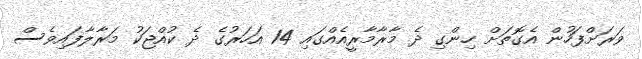
ވަރަށްފަހުން އެގޮތަށް ހިންގި ދެ މާރާމާރީއެއްގައި 14 އަހަރުގެ ދެ ކުއްޖަކު މަރާލާފައިވެސް